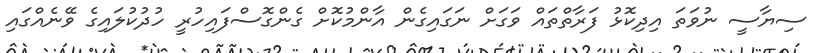
ސިޔާސީ ނުވަތަ އިދިކޮޅު ފަރާތްތައް ވަގަށް ނަގައިގެން އާންމުކޮށް ގެންގޮސްފައިހުރީ ހުދުކުލައިގެ ވޭނެއްގައި